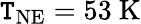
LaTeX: \mathtt{T}_{\mathrm{{NE}}}=53\ \mathrm{{K}}